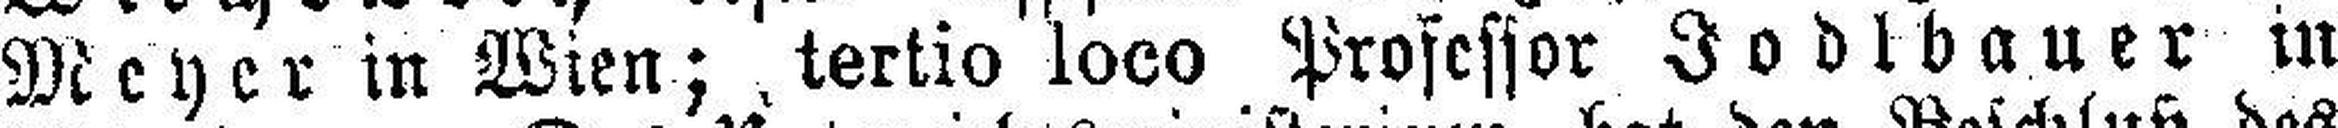
Meyer in Wien; tertio loco Professor Jodtbauer in